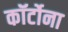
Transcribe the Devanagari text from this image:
कॉर्टोना